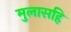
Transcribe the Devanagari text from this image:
मुलासहि